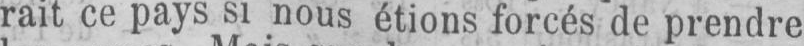
rait ce pays si nous étions forcés de prendre